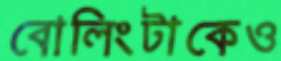
বোলিংটাকেও